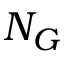
N _ { G }